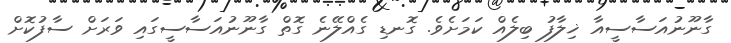
ގާނޫނުއަސާސީއާ ޚިލާފު ބިލެއް ކަމަށެވެ. ގޮނޑި ގެއްލޭނެ ގޮތް ގާނޫނުއަސާސީގައި ވަރަށް ސާފުކޮށް